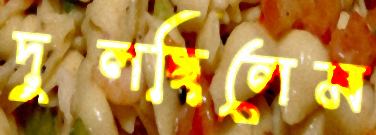
দুলছিলেম